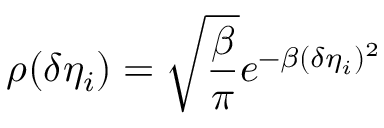
\rho ( \delta \eta _ { i } ) = \sqrt { \frac { \beta } { \pi } } e ^ { - \beta ( \delta \eta _ { i } ) ^ { 2 } }